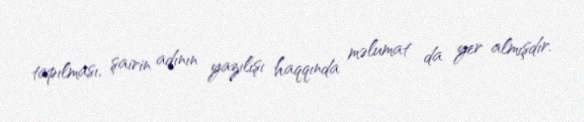
tapılması, şairin adının yazılışı haqqında məlumat da yer almışdır.